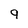
Character: 9